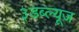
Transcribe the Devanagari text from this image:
३डब्ल्यूज